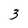
Character: 3